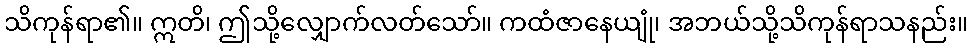
သိကုန်ရာ၏။ ဣတိ၊ ဤသို့လျှောက်လတ်သော်။ ကထံဇာနေယျုံ၊ အဘယ်သို့သိကုန်ရာသနည်း။